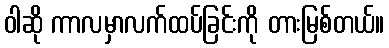
ဝါဆို ကာလမှာလက်ထပ်ခြင်းကို တားမြစ်တယ်။